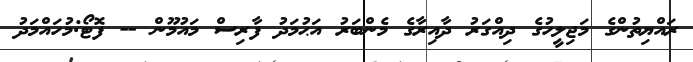
ރައްޔިތުންގެ މަޖިލީހުގެ ދިއްގަރު ދާއިރާގެ މެންބަރު އަޙުމަދު ފާރިސް މައުމޫން -- ފޮޓޯ:މުހައްމަދު